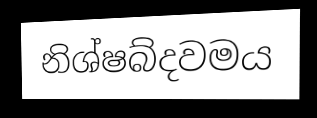
නිශ්ෂබ්දවමය